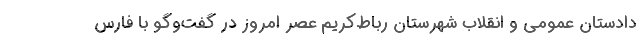
دادستان عمومی و انقلاب شهرستان رباط‌کریم عصر امروز در گفت‌وگو با فارس